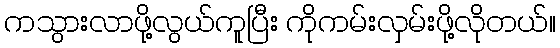
ကသွားလာဖို့လွယ်ကူပြီး ကိုကမ်းလှမ်းဖို့လိုတယ်။